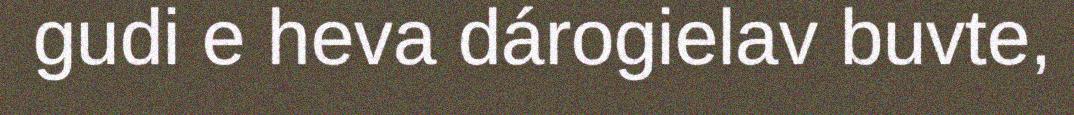
gudi e heva dárogielav buvte,